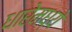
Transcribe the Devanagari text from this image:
धारेमध्ये